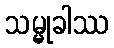
သမ္မုခါဿ